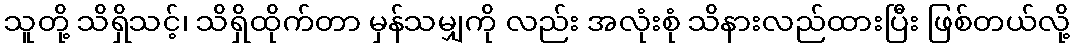
သူတို့ သိရှိသင့်၊ သိရှိထိုက်တာ မှန်သမျှကို လည်း အလုံးစုံ သိနားလည်ထားပြီး ဖြစ်တယ်လို့